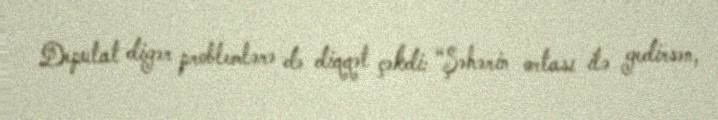
Deputat digər problemlərə də diqqət çəkdi: “Şəhərin ortası ilə gedirsən,